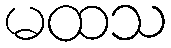
မထသ